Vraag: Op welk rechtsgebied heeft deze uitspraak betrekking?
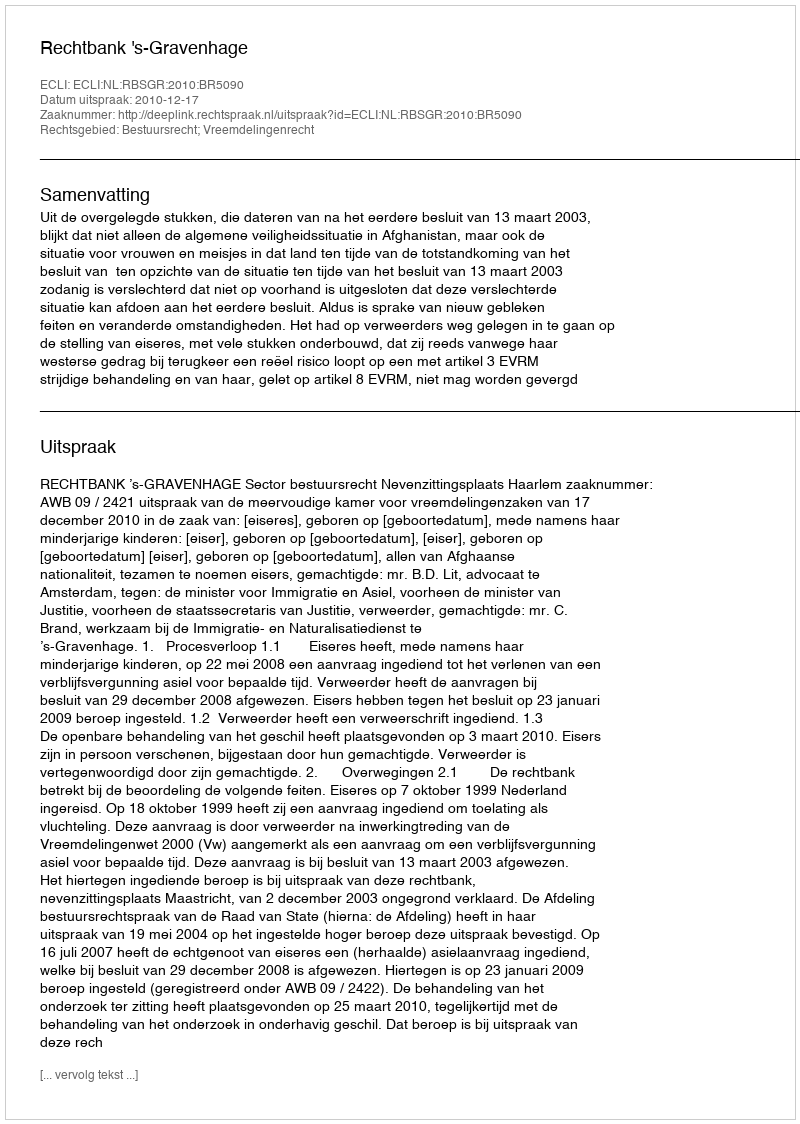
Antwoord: Bestuursrecht; Vreemdelingenrecht